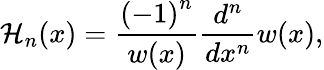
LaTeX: \mathcal{H}_{n}(x)=\frac{{(-1)}^{n}}{w(x)}\frac{d^{n}}{dx^{n}}w(x),